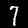
Label: 7